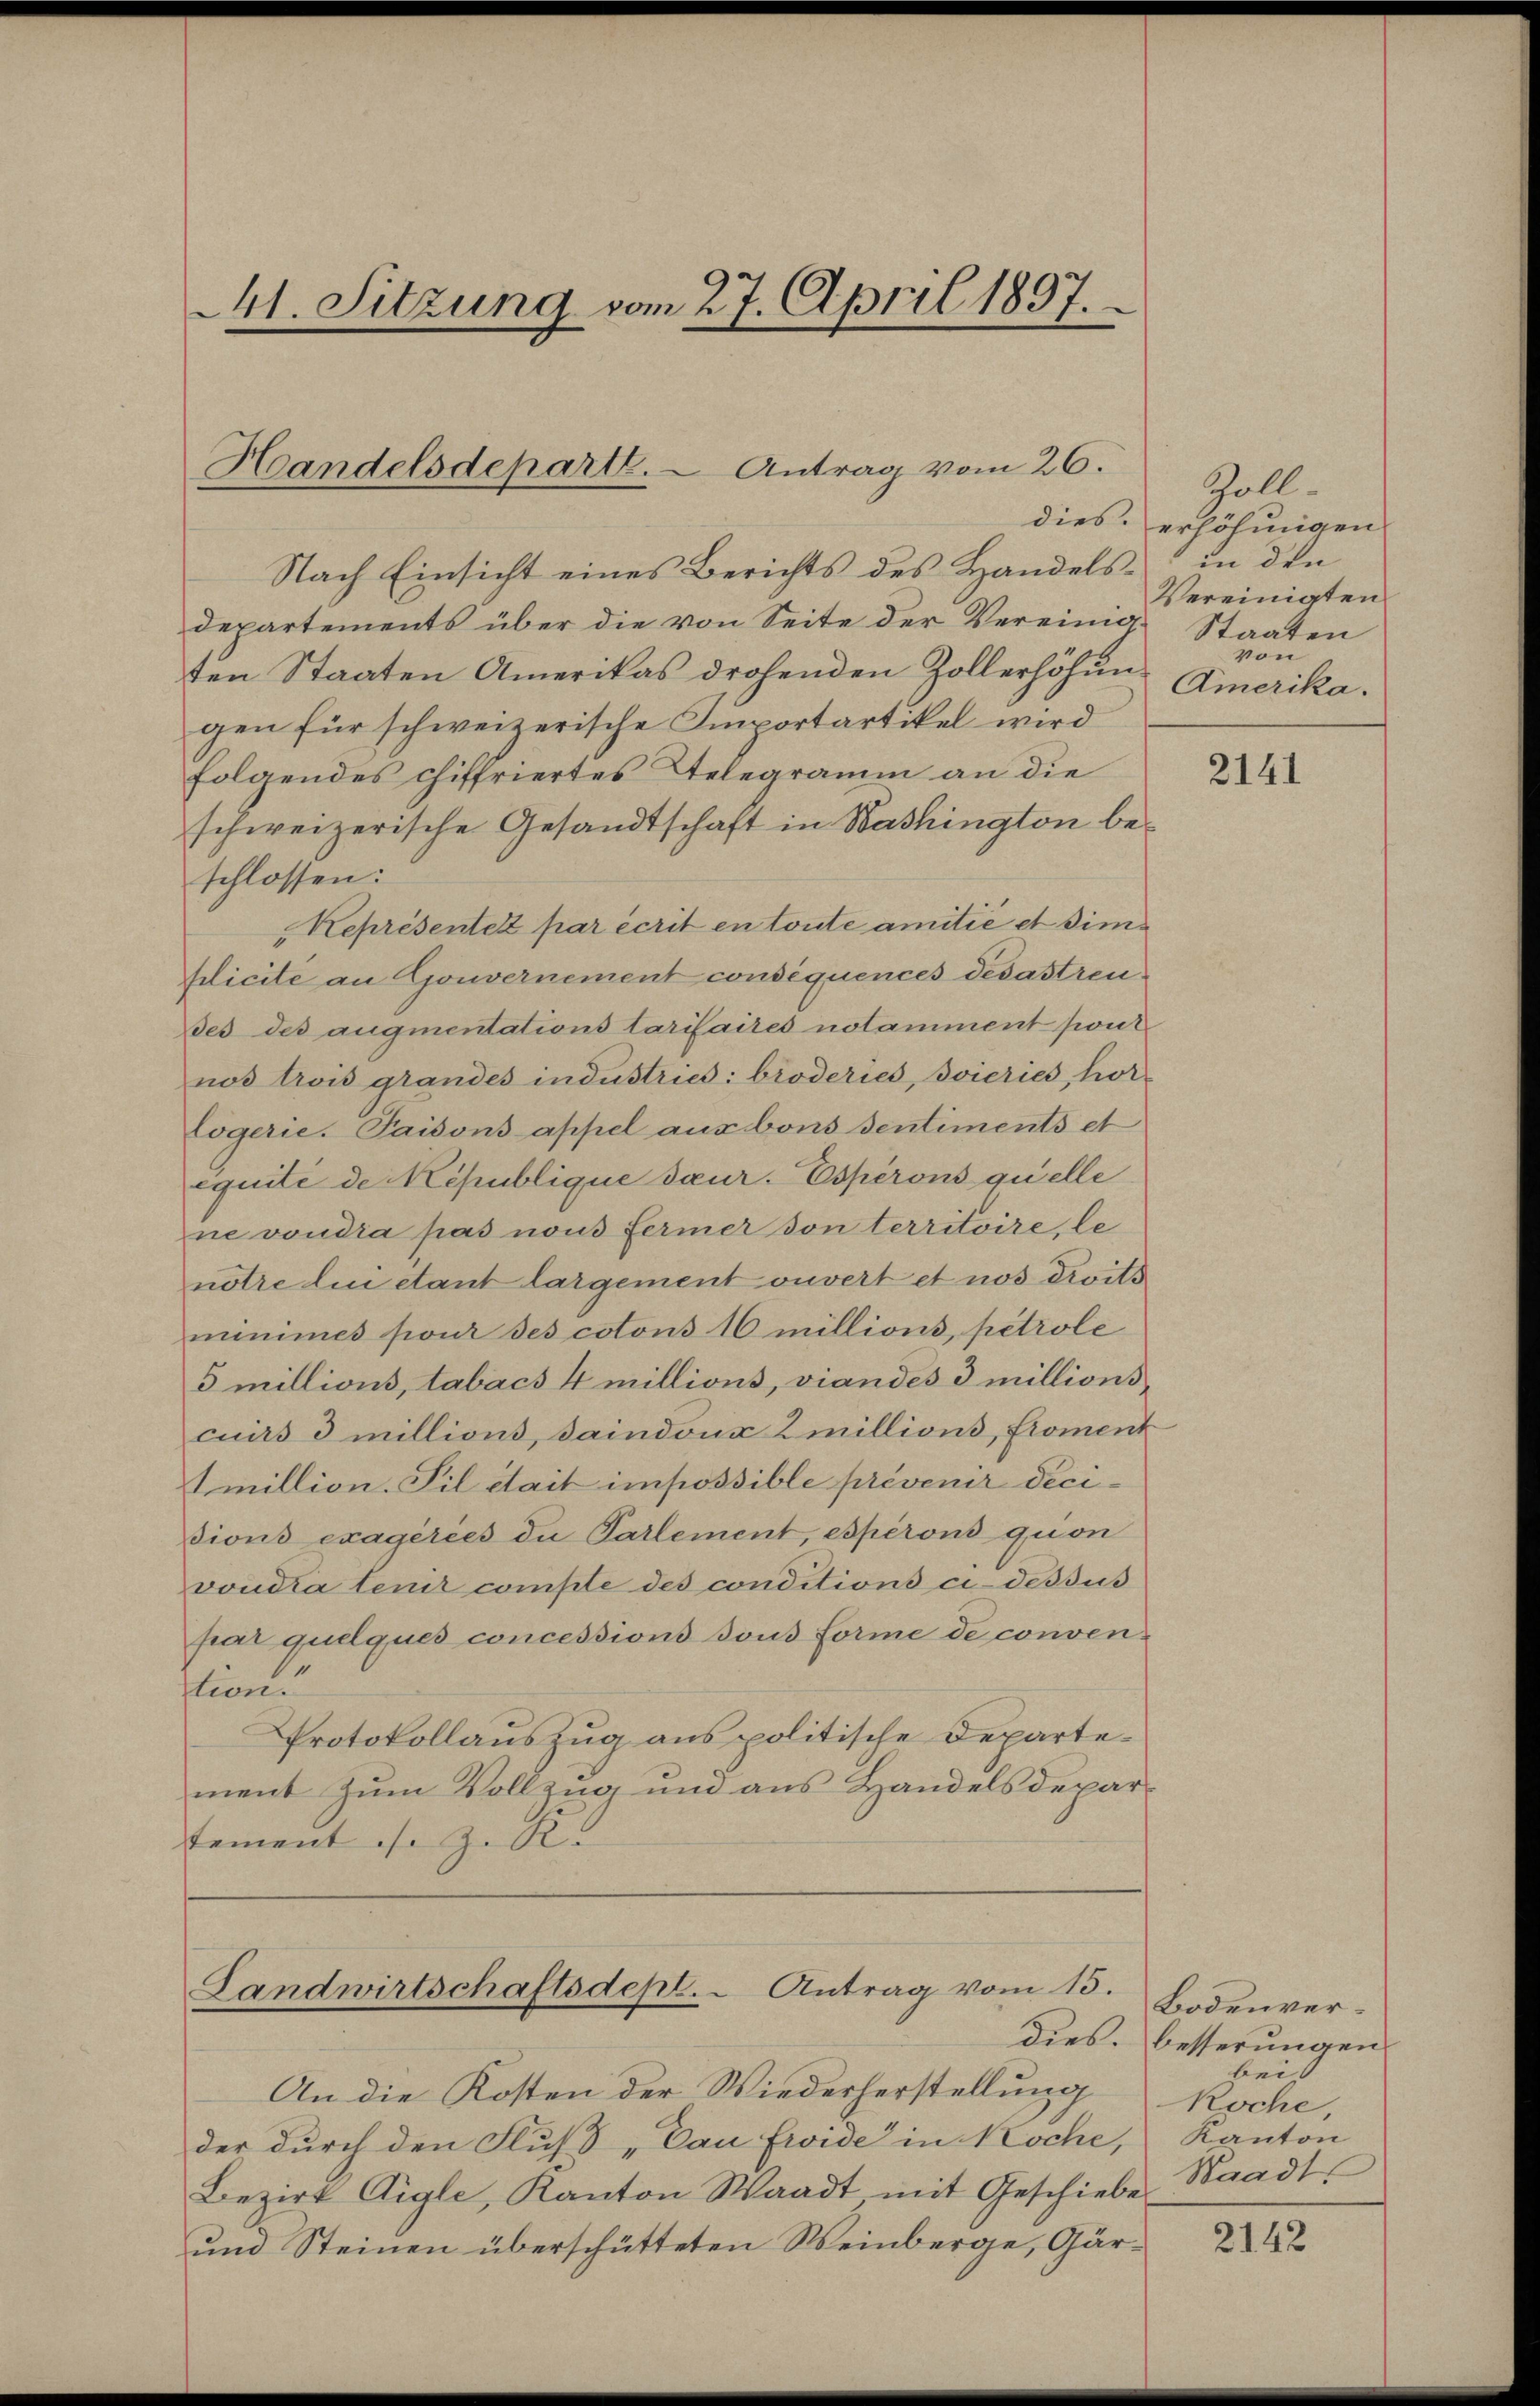
41. Sitzung vom 27. April 1897.

Handelsdeparte. - Antrag vom 26.

Nach Einsicht eines Berichts des Handelsdepartements über die von Seite der Vereinige Staaten
ten Staaten Amerikas drohenden Zollerhöhungen für schweizerische Importartikel wird
folgendes chiffriertes Telegramm an die
schweizerische Gesandtschaft in Washington beschlossen:
Représentez par écrit en toute amitié et simplicité an Gouvernement consequences dedastreu
Des des augmentations tarifaites notamment pour
nos trois grandes industries: broderies, vieries, hor-
logerie. Paisons appel aus bons Sentiments et
équité de Republique saur. Esperons quelle
ne voudra pas nous fermer von territoire, le
notre lui étant largement ouvert et nos Droits
minimes pour des cotons 16 millions, petrole
5 millions, tabach 4 millions, viandes 3 millionscuirs 3 millions, daindona Amillions, Proment
Imillion. Sil était impossible prévenir decidions exagérées du Partement, esperons quon
voudra tenir comple des conditions ci-dessus
par quelques concessions sous forme de convention.
Protokollauszug aus politische Departement zum Vollzug und aus Handelsdepartement s. z. R.

Landwirtschaftsdept. Antrag vom 15.

An die Kosten der Wiederherstellung
der durch den Fluss „Can Fride in Koche, Kanton
Bezirk Aigle, Kanton Waadt mit Geschiebe Staadt
und Steinen überschütteten Weinberge, Gär¬

Zoll-
dies. erhöhungen
in den
Vereinigten
von
Amerika.

2141

Bodenverdies. besserungen
bei
Koche

2142